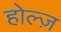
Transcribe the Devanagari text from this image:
होल्ज़